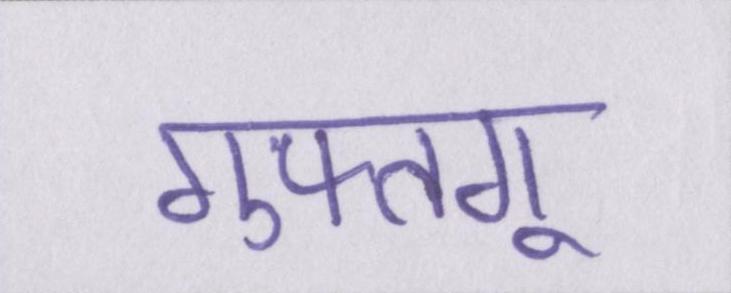
गुफ्तगू